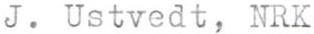
J. Ustvedt, NRK